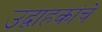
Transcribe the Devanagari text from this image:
उद्वाहकांचे